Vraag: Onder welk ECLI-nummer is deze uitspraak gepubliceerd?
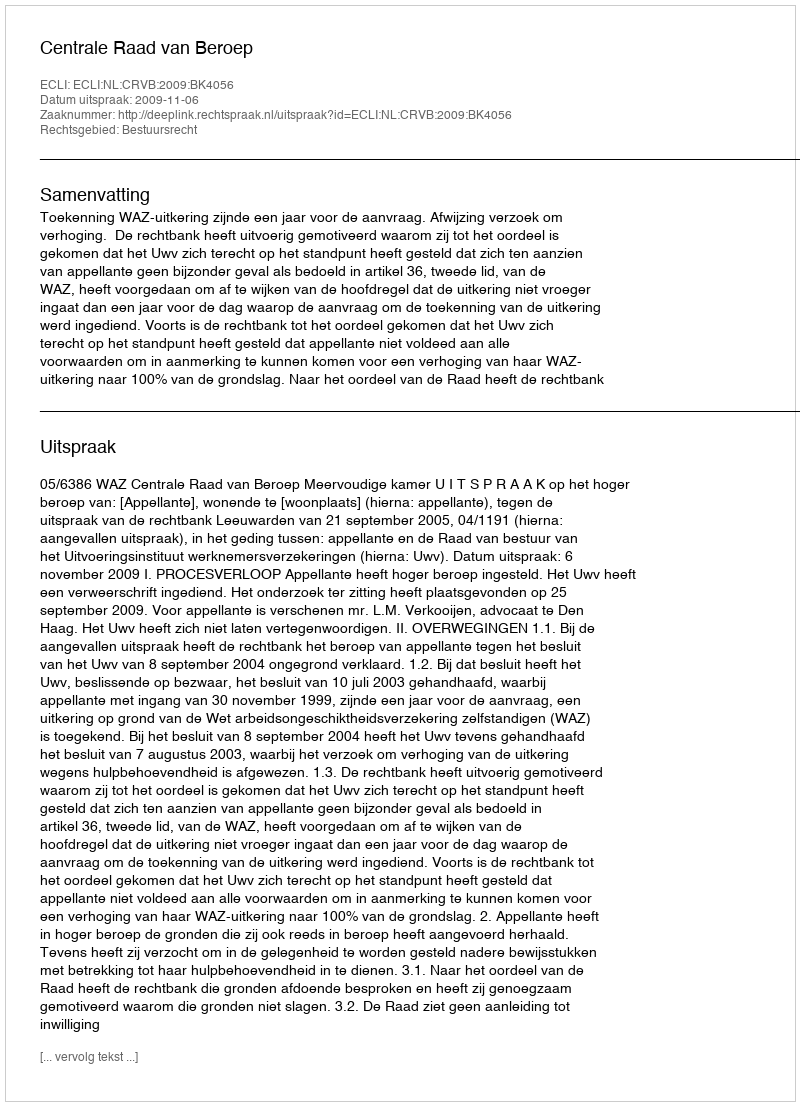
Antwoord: ECLI:NL:CRVB:2009:BK4056